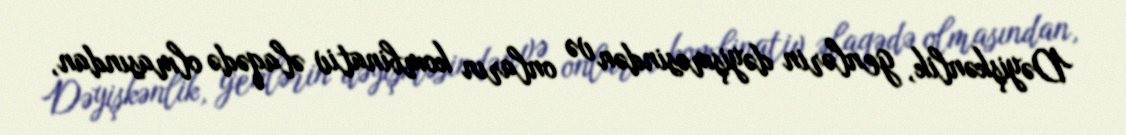
Dəyişkənlik, genlərin dəyişməsindən və onların kombinativ əlaqədə olmasından,